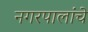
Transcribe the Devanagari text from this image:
नगरपालांचे